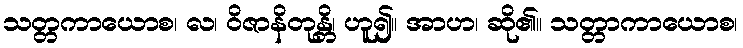
သတ္တကာယောစ၊ လ၊ ဝိဇာနိတုန္တိ၊ ဟူ၍။ အာဟ၊ ဆို၏။ သတ္တာကာယောစ၊